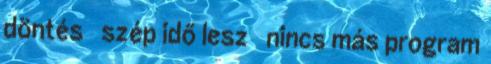
döntés ✓ szép idő lesz ✓ nincs más program